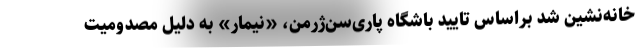
خانه‌نشین شد براساس تایید باشگاه پاری‌سن‌ژرمن، «نیمار» به دلیل مصدومیت